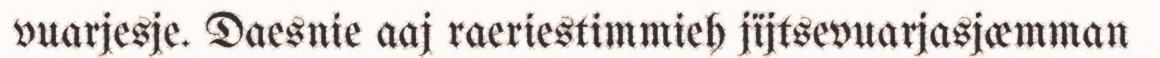
vuarjesje. Daesnie aaj raeriestimmieh jïjtsevuarjasjæmman